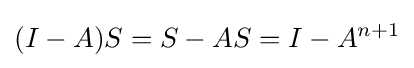
(I-A)S=S-AS=I-A^{n+1}